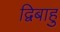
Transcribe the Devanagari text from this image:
द्विबाहु